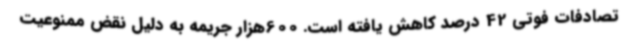
تصادفات فوتی 42 درصد کاهش یافته است. 600هزار جریمه به دلیل نقض ممنوعیت